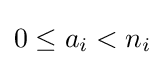
0\leq a_{i}<n_{i}